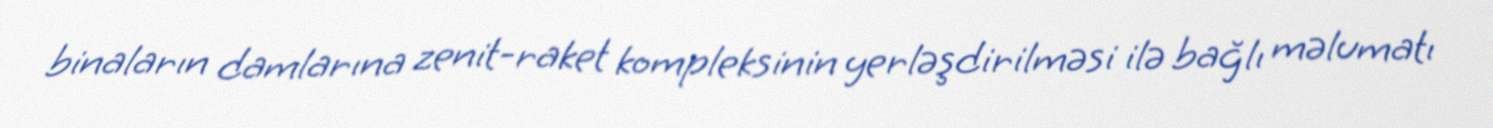
binaların damlarına zenit-raket kompleksinin yerləşdirilməsi ilə bağlı məlumatı